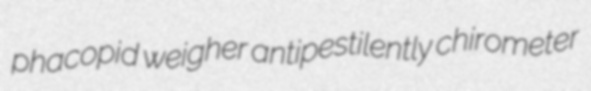
phacopid weigher antipestilently chirometer